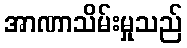
အာဏာသိမ်းမှုသည်